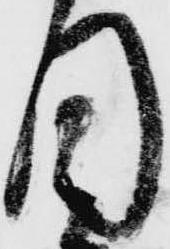
目